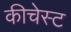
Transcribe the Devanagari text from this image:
कीचेस्ट